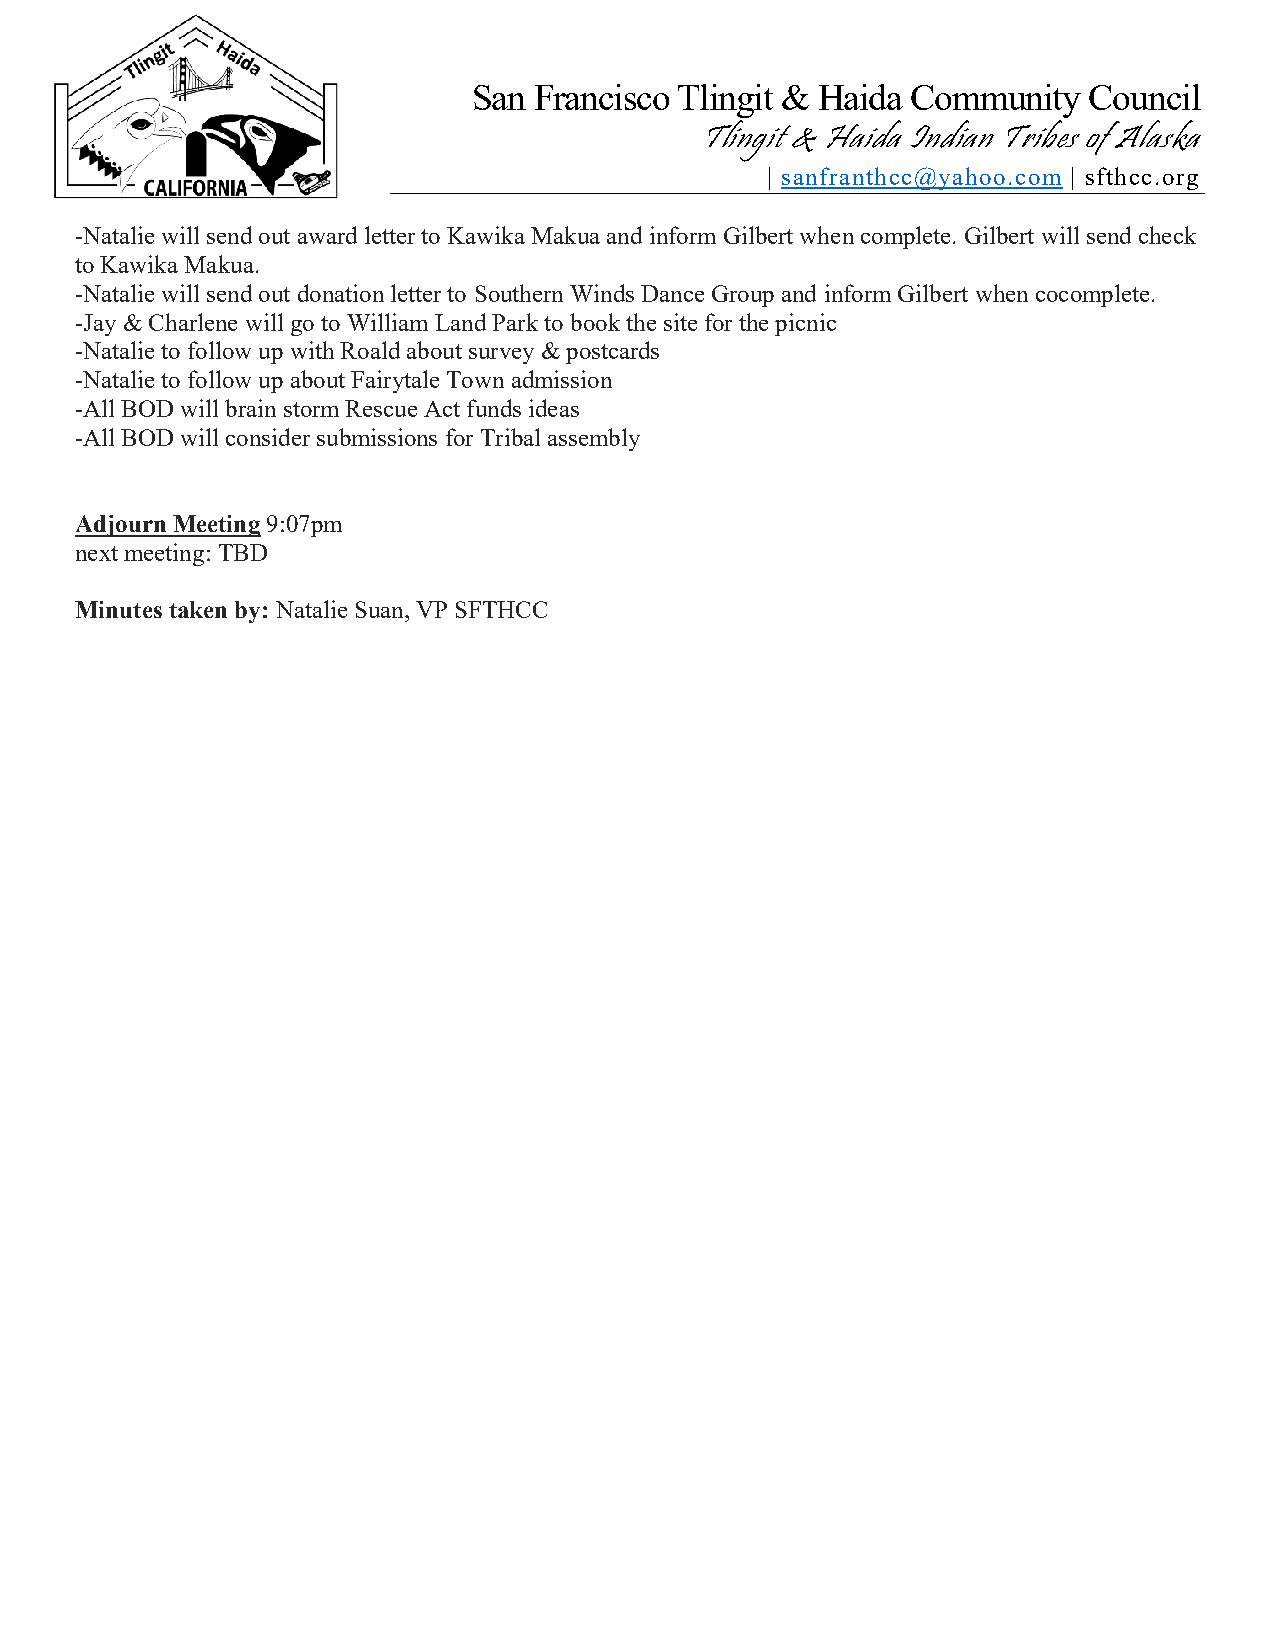
San Francisco Tlingit & Haida Community  Council
 Tlingit & Haida Indian Tribes of Alaska
 | sanfranthcc@yahoo.com | sfthcc.org
 -Natalie will send out award letter to Kawika Makua and inform Gilbert when complete. Gilbert will send check
 to Kawika Makua.
 -Natalie will send out donation letter to Southern Winds Dance Group and inform Gilbert when cocomplete.
 -Jay & Charlene will go to William Land Park to book the site for the picnic
 -Natalie to follow up with Roald about survey & postcards
 -Natalie to follow up about Fairytale Town admission
 -All BOD will brain storm Rescue Act funds ideas
 -All BOD will consider submissions for Tribal assembly
 Adjourn Meeting 9:07pm
 next meeting: TBD
 Minutes taken by: Natalie Suan, VP SFTHCC